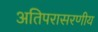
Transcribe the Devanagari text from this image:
अतिपरासरणीय